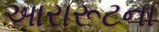
આરારૂટના